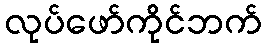
လုပ်ဖော်ကိုင်ဘက်